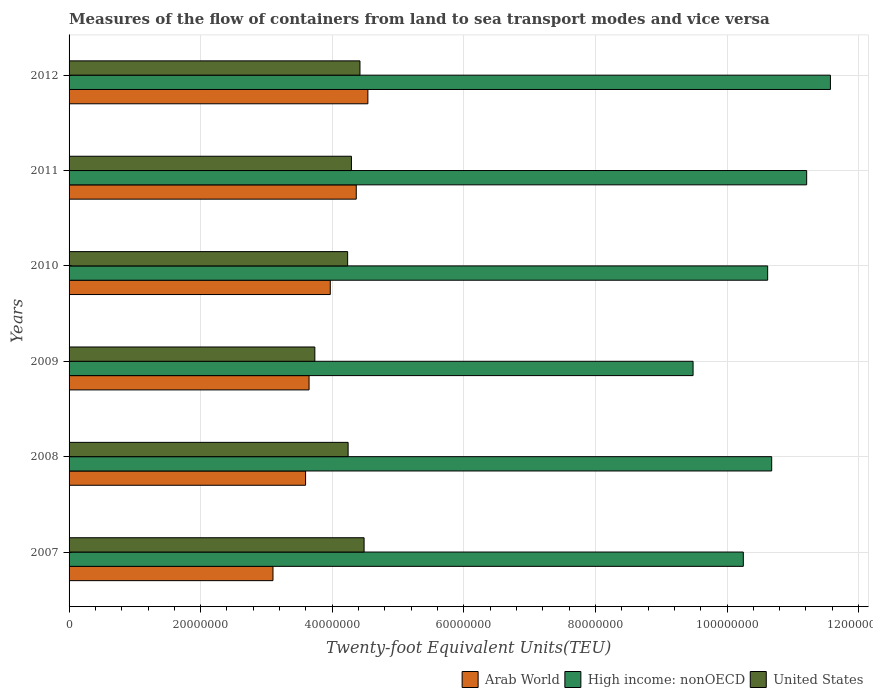
| Years | Arab World | High income: nonOECD | United States |
 | --- | --- | --- | --- |
 | 2007 | 3.1e+07 | 1.02e+08 | 4.48e+07 |
 | 2008 | 3.59e+07 | 1.07e+08 | 4.24e+07 |
 | 2009 | 3.65e+07 | 9.48e+07 | 3.74e+07 |
 | 2010 | 3.97e+07 | 1.06e+08 | 4.23e+07 |
 | 2011 | 4.36e+07 | 1.12e+08 | 4.29e+07 |
 | 2012 | 4.54e+07 | 1.16e+08 | 4.42e+07 |